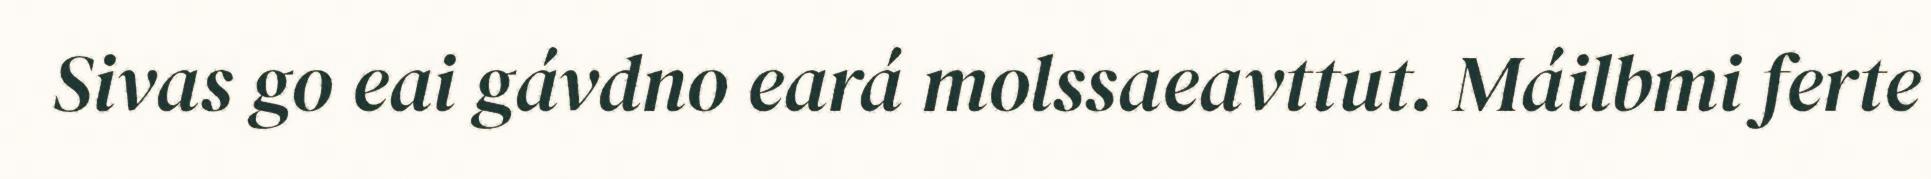
Sivas go eai gávdno eará molssaeavttut. Máilbmi ferte